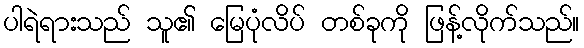
ပါရဲရားသည် သူ၏ မြေပုံလိပ် တစ်ခုကို ဖြန့်လိုက်သည်။